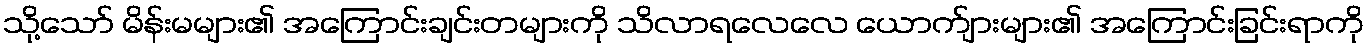
သို့သော် မိန်းမများ၏ အကြောင်းချင်းတများကို သိလာရလေလေ ယောက်ျားများ၏ အကြောင်းခြင်းရာကို